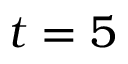
t = 5